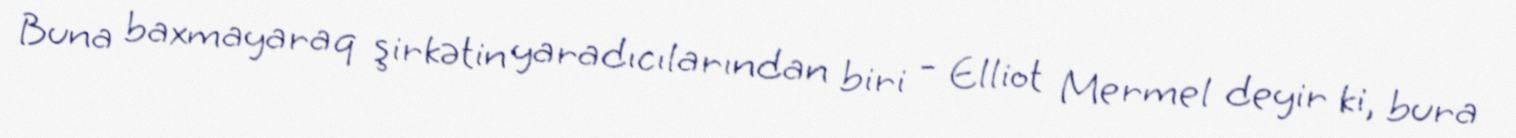
Buna baxmayaraq şirkətin yaradıcılarından biri - Elliot Mermel deyir ki, bura